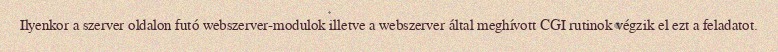
Ilyenkor a szerver oldalon futó webszerver-modulok illetve a webszerver által meghívott CGI rutinok végzik el ezt a feladatot.